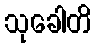
သုခေါတိ